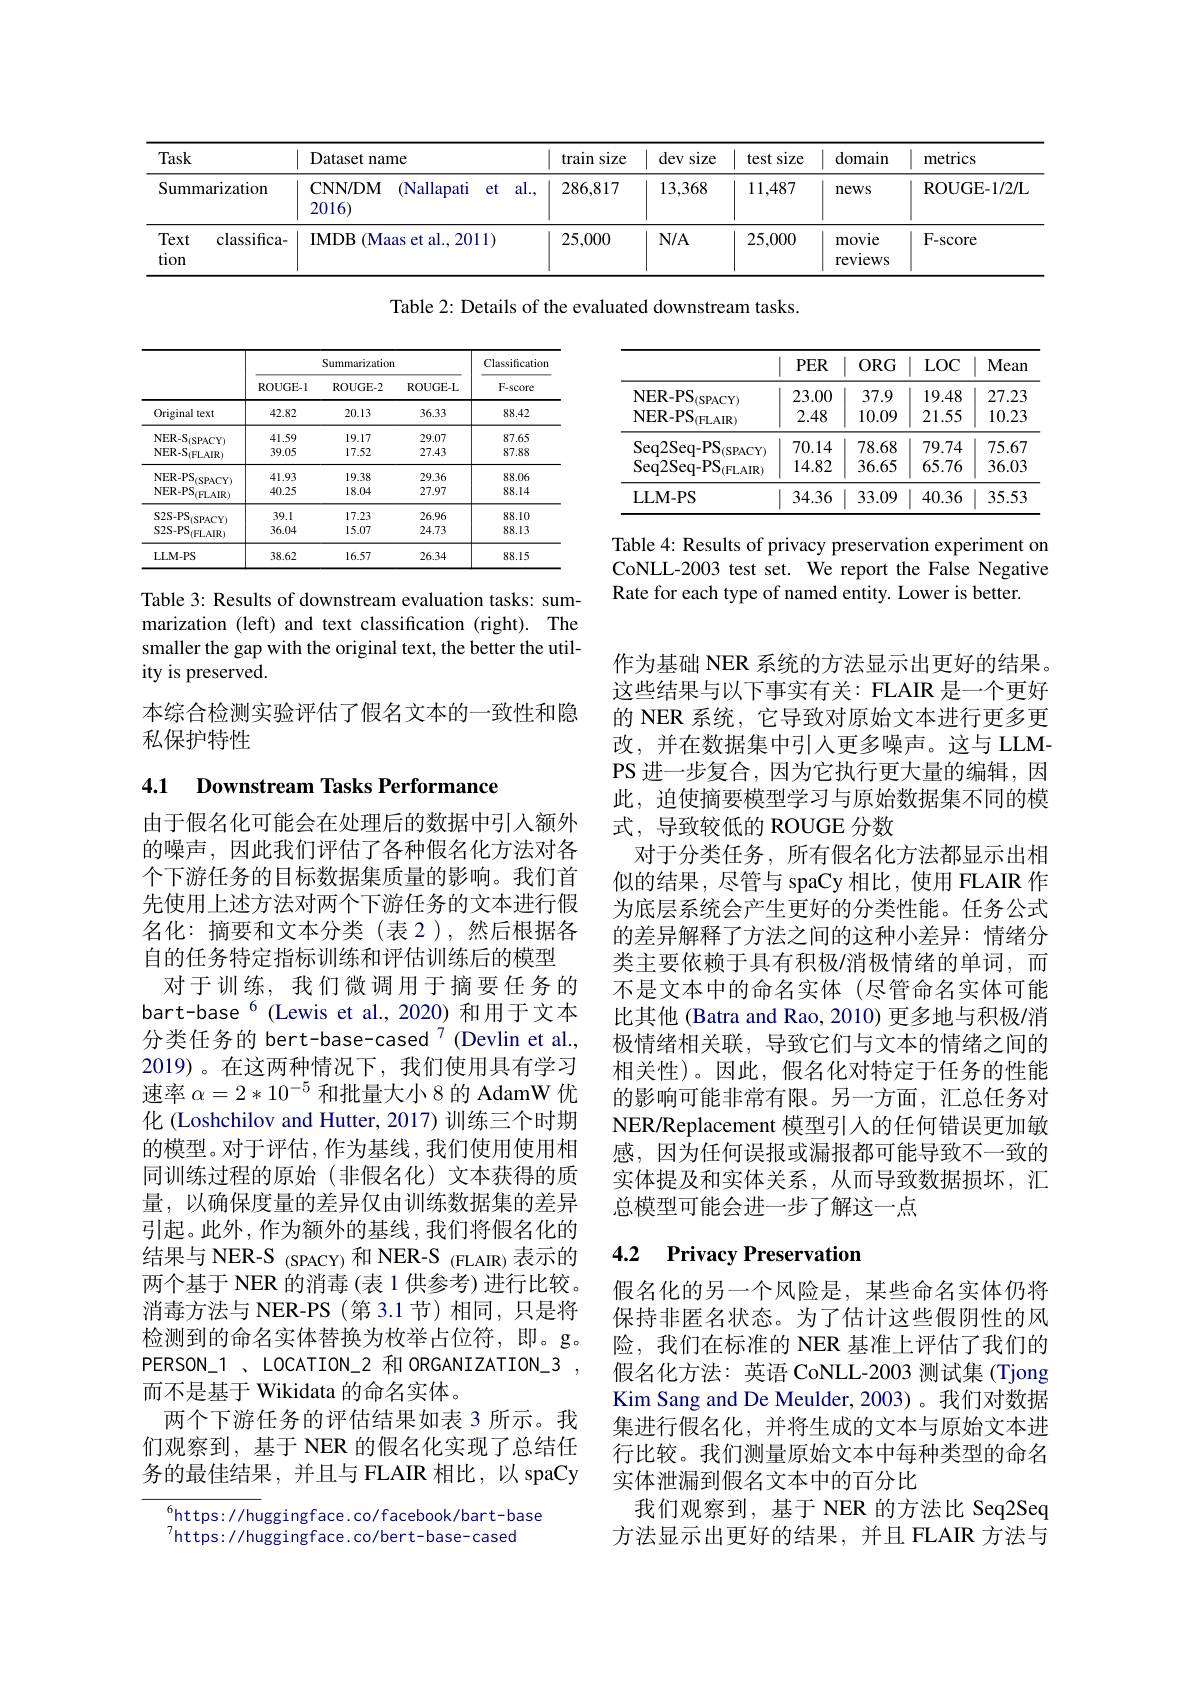
<table>
	<tbody>
		<tr>
			<th>Task</th>
			<th>Dataset name</th>
			<th>train size</th>
			<th>devs size</th>
			<th>size test s</th>
			<th>domain</th>
			<th>metrics</th>
		</tr>
		<tr>
			<td>Summarization</td>
			<td>CNN/ DM (Nallapati et al. 2016)</td>
			<td>286,817</td>
			<td>13,368</td>
			<td>11,487</td>
			<td>news</td>
			<td>ROUGE- 1/ 2/ I</td>
		</tr>
		<tr>
			<td>Text classifica- tion</td>
			<td>IMDB ( Maas et al. , 2011) </td>
			<td>25,000</td>
			<td>$N/A$</td>
			<td>25,000</td>
			<td>movie reviews</td>
			<td>F- score</td>
		</tr>
	</tbody>
</table>

Table 2: Details of the evaluated downstream tasks.

<table>
	<tbody>
		<tr>
			<th> </th>
			<th>$PER$</th>
			<th>$ORG$</th>
			<th>$LOC$</th>
			<th>Mean</th>
		</tr>
		<tr>
			<td>$\mathrm{NER-PS}_{(\mathrm{FLAIR})}$</td>
			<td>2.48</td>
			<td>10.09</td>
			<td>21.55</td>
			<td>10.23</td>
		</tr>
		<tr>
			<td>LLM- PS</td>
			<td>34.36</td>
			<td>33.09</td>
			<td>40.36</td>
			<td>35.53</td>
		</tr>
	</tbody>
</table>

<table>
	<tbody>
		<tr>
			<th> </th>
			<th colspan="3">Summarization</th>
			<th rowspan="2">Classificatior F-score</th>
		</tr>
		<tr>
			<th> </th>
			<th>ROUGE-I</th>
			<th>ROUGE-2</th>
			<th>ROUGE-L</th>
		</tr>
		<tr>
			<td>Original text</td>
			<td>42.82</td>
			<td>20.13</td>
			<td>36.33</td>
			<td>88.42</td>
		</tr>
		<tr>
			<td>$\mathrm{NER-S}_{(\mathrm{SPACY})}$ $\mathrm{NER-S}_{(\mathrm{FLAIR})}$</td>
			<td>41.59 39.05</td>
			<td>19.17 17.52</td>
			<td>29.07 27.43</td>
			<td>87.65 87.88</td>
		</tr>
		<tr>
			<td>$\mathrm{NER-S}_{\mathrm{ISPACY}}$</td>
			<td>41.59</td>
			<td>19.17</td>
			<td>29.07</td>
			<td>87.65</td>
		</tr>
		<tr>
			<td>$\mathrm{NER-S}_{(\mathrm{FLAIR})}$</td>
			<td>39.05</td>
			<td>17.52</td>
			<td>27.43</td>
			<td>87.88</td>
		</tr>
		<tr>
			<td>NER-PS</td>
			<td>41.93</td>
			<td>19.38</td>
			<td>29.36</td>
			<td>88.06</td>
		</tr>
		<tr>
			<td>$\mathrm{NER-PS}_{(\mathrm{FLAIR})}$</td>
			<td>40.25</td>
			<td>18.04</td>
			<td>27.97</td>
			<td>88.14</td>
		</tr>
		<tr>
			<td>S2S-PS $\mathrm{i}_{\mathrm{ISPAC}}$ ·</td>
			<td>39.1</td>
			<td>17.23</td>
			<td>26.96</td>
			<td>88.10</td>
		</tr>
		<tr>
			<td>$S2S-PS$ $\dot{\mathbf{S}}_{(\mathrm{FLAIR})}$</td>
			<td>36.04</td>
			<td>15.07</td>
			<td>24.73</td>
			<td>88.13</td>
		</tr>
		<tr>
			<td>LLM-PS</td>
			<td>38.62</td>
			<td>16.57</td>
			<td>26.34</td>
			<td>88.15</td>
		</tr>
	</tbody>
</table>

Table 4: Results of privacy preservation experiment on CoNLL-2003 test set. We report the False Negative Rate for each type of named entity. Lower is better.

Table 3: Results of downstream evaluation tasks: summarization (left) and text classification (right). The smaller the gap with the original text, the better the utility is preserved.

本综合检测实验评估了假名文本的一致性和隐
私保护特性

4.1 Downstream Tasks Performance

作为基础 NER 系统的方法显示出更好的结果。这些结果与以下事实有关：FLAIR 是一个更好的 NER 系统，它导致对原始文本进行更多更改，并在数据集中引入更多噪声。这与 LLMPS 进一步复合，因为它执行更大量的编辑，因此，迫使摘要模型学习与原始数据集不同的模式，导致较低的 ROUGE 分数
对于分类任务，所有假名化方法都显示出相似的结果，尽管与 spaCy 相比，使用 FLAIR 作为底层系统会产生更好的分类性能。任务公式的差异解释了方法之间的这种小差异：情绪分类主要依赖于具有积极/消极情绪的单词，而不是文本中的命名实体(尽管命名实体可能比其他 (Batra and Rao, 2010) 更多地与积极/消极情绪相关联，导致它们与文本的情绪之间的相关性)。因此，假名化对特定于任务的性能的影响可能非常有限。另一方面，汇总任务对NER/Replacement 模型引入的任何错误更加敏感，因为任何误报或漏报都可能导致不一致的实体提及和实体关系，从而导致数据损坏，汇总模型可能会进一步了解这一点

由于假名化可能会在处理后的数据中引入额外的噪声，因此我们评估了各种假名化方法对各个下游任务的目标数据集质量的影响。我们首先使用上述方法对两个下游任务的文本进行假名化：摘要和文本分类(表2),然后根据各自的任务特定指标训练和评估训练后的模型
对于训练，我们微调用于摘要任务的bart-base $^{6}$ (Lewis et al.,2020) 和用于文本分类任务的 bert-base-cased$^{7}$(Devlin et al., 2019)。在这两种情况下，我们使用具有学习速率$\alpha=2*10^{-5}$和批量大小 8 的 AdamW 优化 (Loshchilov and Hutter, 2017) 训练三个时期的模型。对于评估，作为基线，我们使用使用相同训练过程的原始(非假名化)文本获得的质量，以确保度量的差异仅由训练数据集的差异引起。此外，作为额外的基线，我们将假名化的结果与 NER-S (SPACY) 和 NER-S (FLAIR) 表示的两个基于 NER 的消毒 (表 1 供参考) 进行比较。消毒方法与 NER-PS (第 3.1 节)相同，只是将检测到的命名实体替换为枚举占位符，即。g。PERSON\_1\_ LOCATION\_2 和 ORGANIZATION\_3. 而不是基于 Wikidata 的命名实体。
两个下游任务的评估结果如表 3 所示。我们观察到，基于 NER 的假名化实现了总结任务的最佳结果，并且与 FLAIR 相比，以 spaCy

### 4.2 Privacy Preservation

假名化的另一个风险是，某些命名实体仍将保持非匿名状态。为了估计这些假阴性的风险，我们在标准的 NER 基准上评估了我们的假名化方法：英语 CoNLL-2003 测试集 (Tjong Kim Sang and De Meulder, 2003)。我们对数据集进行假名化，并将生成的文本与原始文本进行比较。我们测量原始文本中每种类型的命名实体泄漏到假名文本中的百分比
我们观察到，基于 NER 的方法比 Seq2Seq 方法显示出更好的结果，并且 FLAIR 方法与

$^{6}$https://huggingface.co/facebook/bart-base
https: / / huggingface. co/ bert- base- cased